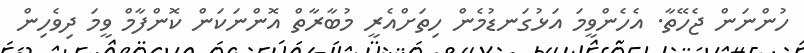
ހުންނަން ޖެހޭތާ. އެހެންވީމަ އަޅުގަނޑުމެން ހިތަށްއެރީ މުބާރާތް އޮންނަކަން ކޮންފާމް ވީމަ ދިވެހިން